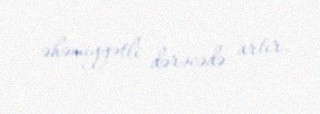
əhəmiyyətli dərəcədə artır.